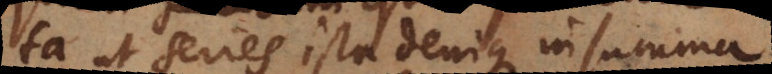
ita ut series ista denique in summa